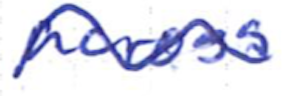
Text: across
Cross-out: wave
Writing tool: ballpoint